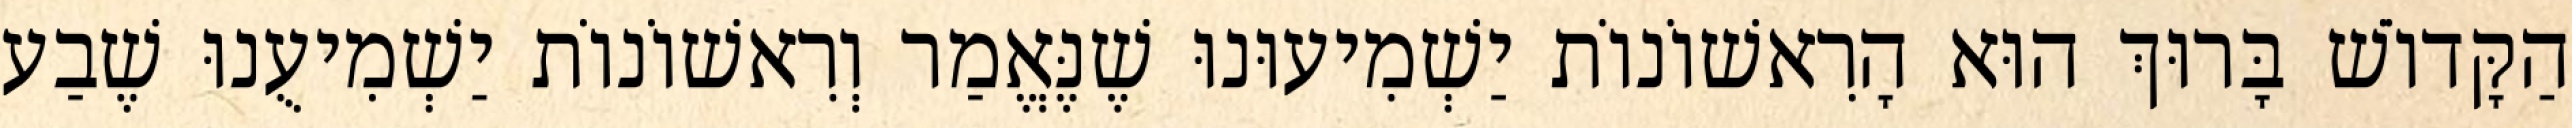
הַקָּדוֹשׁ בָּרוּךְ הוּא הָרִאשׁוֹנוֹת יַשְׁמִיעוּנוּ שֶׁנֶּאֱמַר וְרִאשׁוֹנוֹת יַשְׁמִיעֻנוּ שֶׁבַע